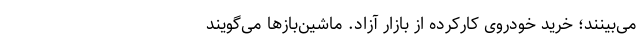
می‌بینند؛ خرید خودروی کارکرده از بازار آزاد. ماشین‌بازها می‌گویند